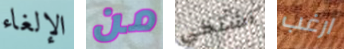
الإلغاء من أشتكي ارغب